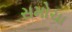
સમોચા